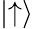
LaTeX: \left\vert\uparrow\right\rangle